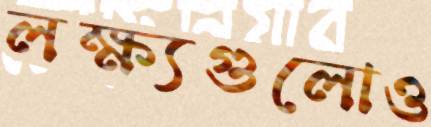
লক্ষ্যগুলোও